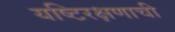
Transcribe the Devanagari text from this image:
यष्टिरक्षणाची